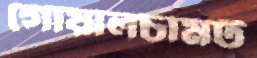
গোয়ালচামট